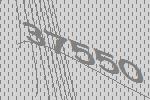
37550